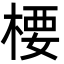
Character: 楆